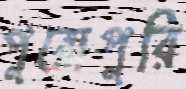
পুরোপুরি